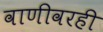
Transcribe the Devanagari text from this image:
वाणीवरही